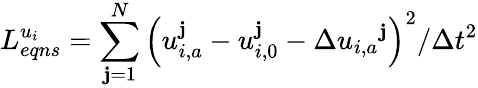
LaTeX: L_{eqns}^{{{u}_{i}}}=\sum_{\mathbf{j}=1}^{N}{{{\left({u}_{i,a}^{\mathbf{j}}-u_{i,0}^{\mathbf{j}}-\Delta{{u}_{i,a}}^{\mathbf{j}}\right)}^{2}}/\Delta{{t}^{2}}}